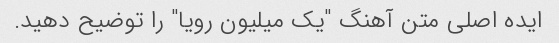
ایده اصلی متن آهنگ "یک میلیون رویا" را توضیح دهید.